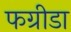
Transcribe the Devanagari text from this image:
फग्रीडा